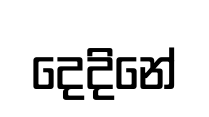
දෙදිනේ